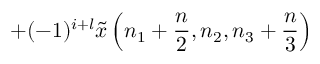
+ ( - 1 ) ^ { i + l } { \tilde { x } } \left( n _ { 1 } + { \frac { n } { 2 } } , n _ { 2 } , n _ { 3 } + { \frac { n } { 3 } } \right)